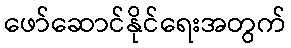
ဖော်ဆောင်နိုင်ရေးအတွက်